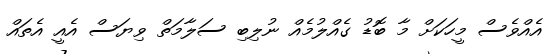
އެއްވެސް މީހަކަށް މާ ބޮޑު ގެއްލުމެއް ނުލިބި ސަލާމަތް ވިޔަސް އެއީ އެތައް